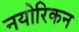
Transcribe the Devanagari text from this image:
नयोरिकन